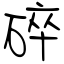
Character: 碎